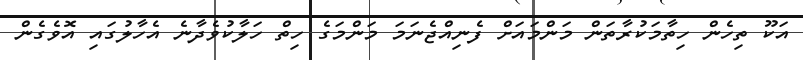
އަކޫ ތިހެން ހިތާމަކުރާތަން މަންމައަށް ފެނިއްޖެނަމަ މަންމަގެ ހިތް ހަލާކުވެދާނެ އެހާލުގައި އޮވެގެން